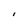
Character: I